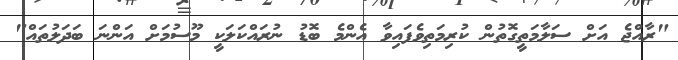
"ރާއްޖެ އަށް ސަލާމަތީގޮތުން ކުރިމަތިވެފައިވާ އެންމެ ބޮޑު ނުރައްކަލަކީ މޫސުމަށް އަންނަ ބަދަލުތައް"